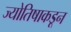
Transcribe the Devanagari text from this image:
ज्योतिषाकडून